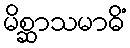
မိစ္ဆာသမာဓိံ